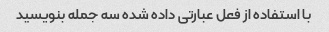
با استفاده از فعل عبارتی داده شده سه جمله بنویسید